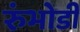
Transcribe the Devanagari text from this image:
रुंभोडी